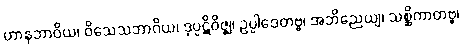
ဟာနဘာဝိယ၊ ဝိသေသဘာဂိယ၊ ဒုပ္ပဋိဝိဇ္ဈ၊ ဥပ္ပါဒေတဗ္ဗ၊ အဘိညေယျ၊ သစ္ဆိကာတဗ္ဗ၊